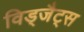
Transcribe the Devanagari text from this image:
विड्जैट्स